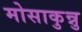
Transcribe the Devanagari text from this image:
मोसाकुन्नु